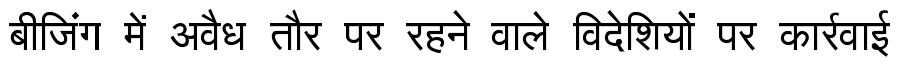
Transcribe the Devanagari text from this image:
बीजिंग में अवैध तौर पर रहने वाले विदेशियों पर कार्रवाई